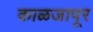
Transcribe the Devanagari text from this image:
काळजापूर